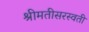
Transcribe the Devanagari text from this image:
श्रीमतीसरस्‍वती